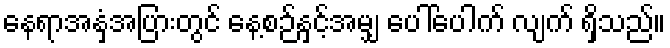
နေရာအနှံ့အပြားတွင် နေ့စဉ်နှင့်အမျှ ပေါ်ပေါက် လျက် ရှိသည်။